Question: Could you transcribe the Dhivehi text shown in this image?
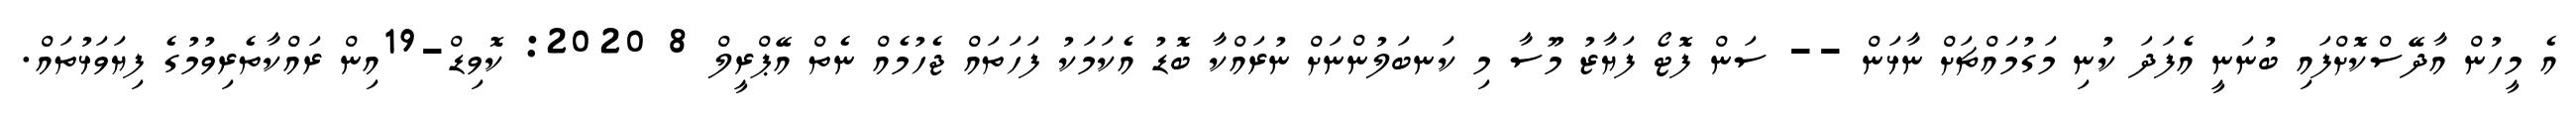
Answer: އެ މީހުން އާދޭސްކޮށްފައި ބުނަނީ އެފަދަ ކުނި މަގުމައްޗަށް ނާޅަން -- ސަން ފޮޓޯ ފަޔާޒު މޫސާ މި ކަނބަލުންނަށް ނުރައްކާ ބޮޑު އެކަމަކު ފަހަތައް ޖެހުމެއް ނެތް އޭޕްރީލް 8 2020: ކޮވިޑް-19އިން ރައްކާތެރިވުމުގެ ފިޔަވަޅުތައް.